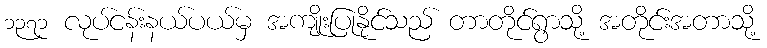
၁၃၇၁ လုပ်ငန်းနယ်ပယ်မှ အကျိုးပြုနိုင်သည် တာတိုင်ရွာသို့ အတိုင်းအတာသို့